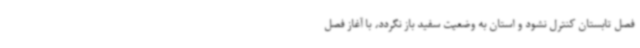
فصل تابستان کنترل نشود و استان به وضعیت سفید باز نگردد، با آغاز فصل